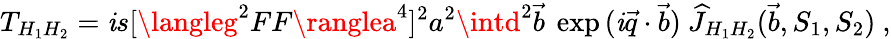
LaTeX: T_{H_{1}H_{2}}=\mathit{i}s[\langleg^{2}FF\ranglea^{4}]^{2}a^{2}\intd^{2}\vec{{b}}~\exp{(\mathit{i}\vec{{q}}\cdot\vec{{b}})}~\widehat{J}_{H_{1}H_{2}}(\vec{{b}},S_{1},S_{2})~,